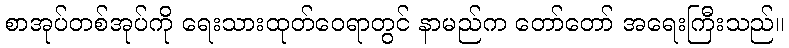
စာအုပ်တစ်အုပ်ကို ရေးသားထုတ်ဝေရာတွင် နာမည်က တော်တော် အရေးကြီးသည်။